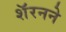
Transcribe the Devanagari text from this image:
शॅरनने